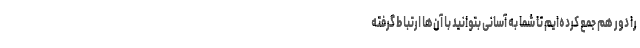
را دور هم جمع کرده‌ایم تا شما به آسانی بتوانید با آن­ها ارتباط گرفته